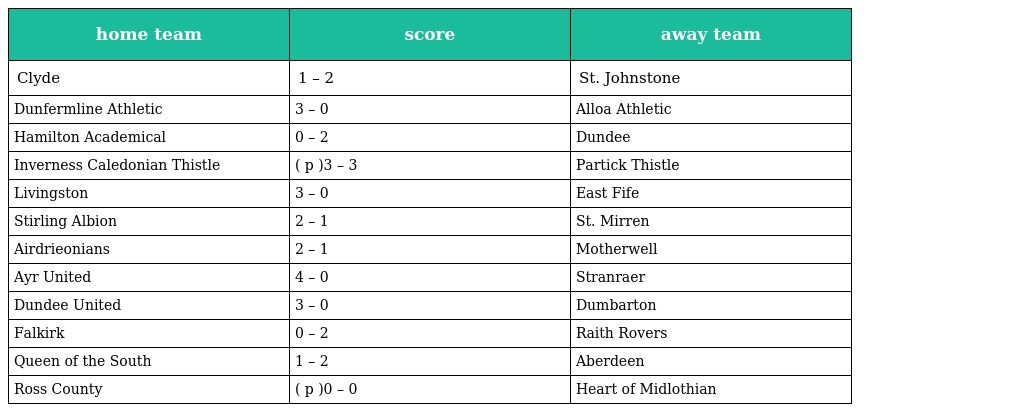
| home team | score | away team |
 | --- | --- | --- |
 | Clyde | 1 – 2 | St. Johnstone |
 | Dunfermline Athletic | 3 – 0 | Alloa Athletic |
 | Hamilton Academical | 0 – 2 | Dundee |
 | Inverness Caledonian Thistle | ( p )3 – 3 | Partick Thistle |
 | Livingston | 3 – 0 | East Fife |
 | Stirling Albion | 2 – 1 | St. Mirren |
 | Airdrieonians | 2 – 1 | Motherwell |
 | Ayr United | 4 – 0 | Stranraer |
 | Dundee United | 3 – 0 | Dumbarton |
 | Falkirk | 0 – 2 | Raith Rovers |
 | Queen of the South | 1 – 2 | Aberdeen |
 | Ross County | ( p )0 – 0 | Heart of Midlothian |